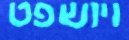
ויושפט